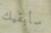
سأبقيك